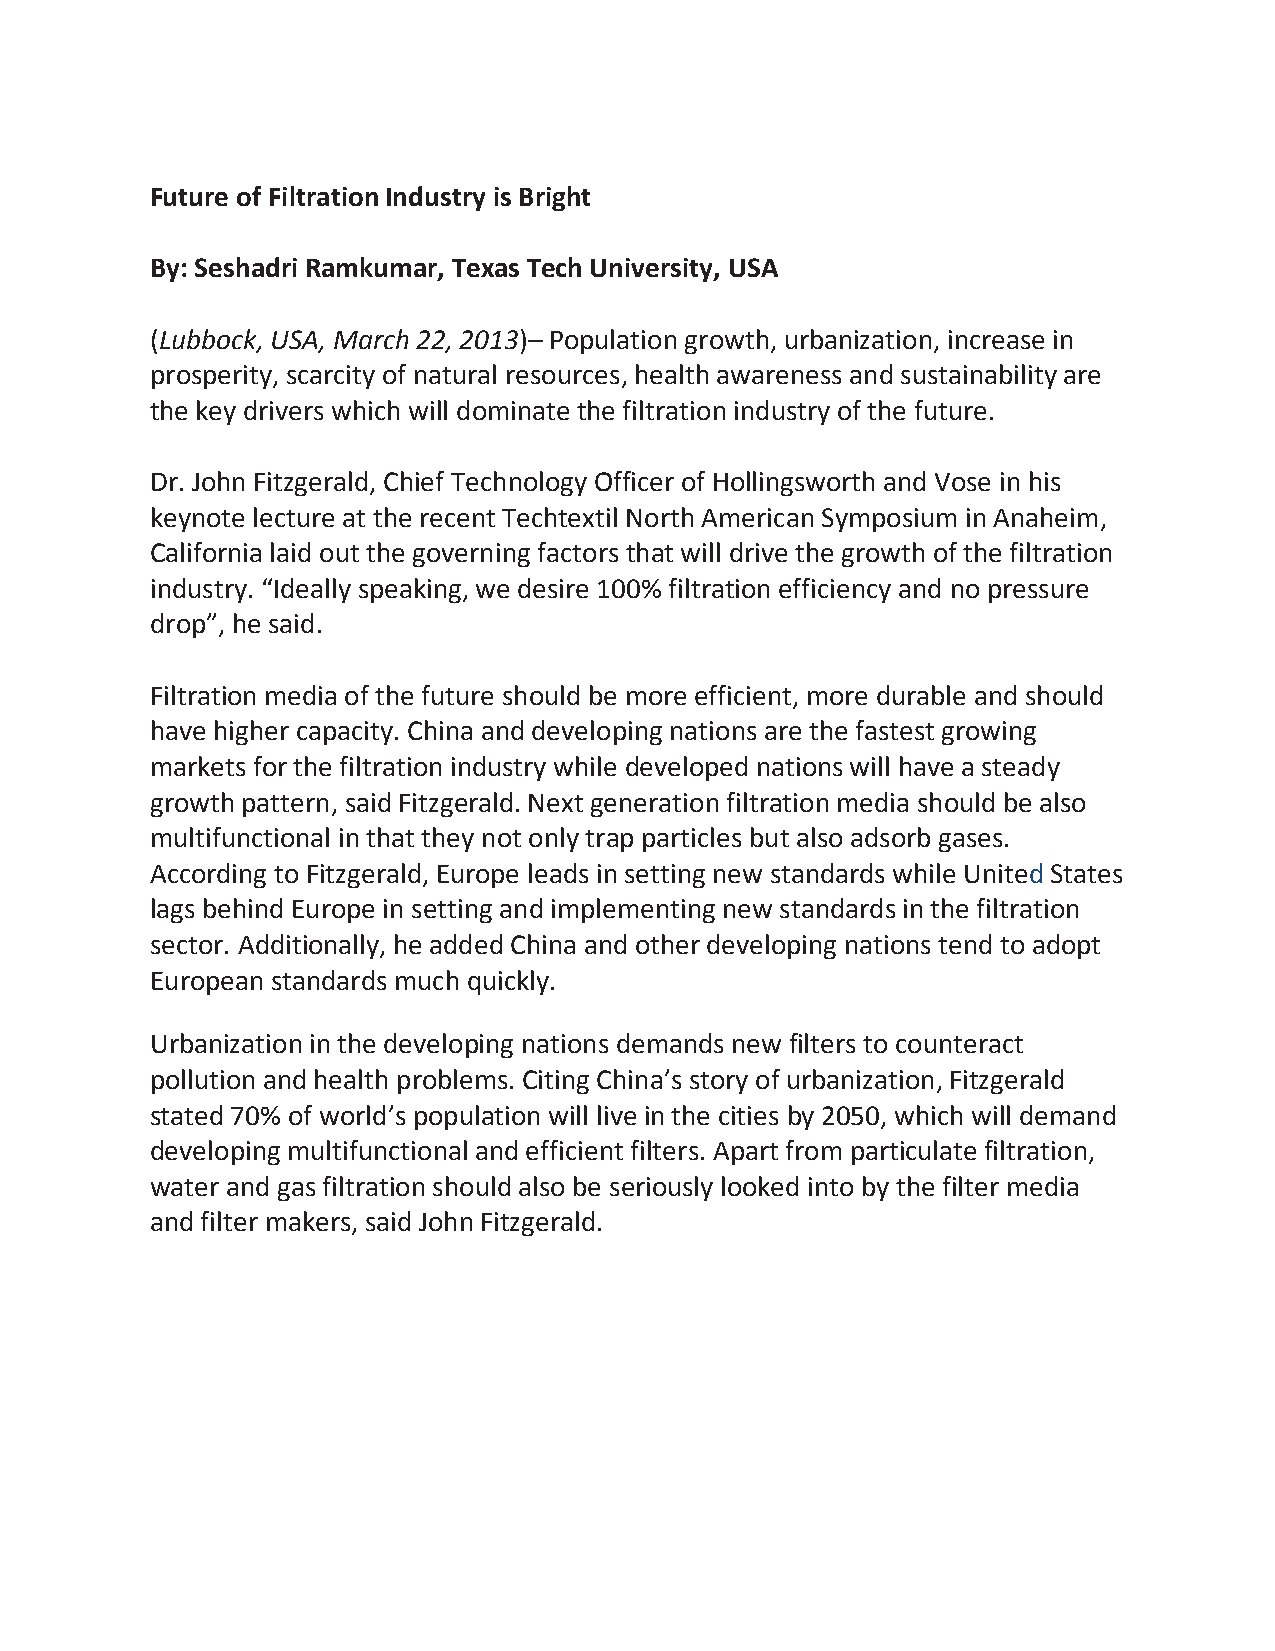
Future of Filtration Industry is Bright
 By: Seshadri Ramkumar, Texas Tech University, USA
 (Lubbock, USA, March 22, 2013)– Population growth, urbanization, increase in
 prosperity, scarcity of natural resources, health awareness and sustainability are
 the key drivers which will dominate the filtration industry of the future.
 Dr. John Fitzgerald, Chief Technology Officer of Hollingsworth and Vose in his
 keynote lecture at the recent Techtextil North American Symposium in Anaheim,
 California laid out the governing factors that will drive the growth of the filtration
 industry. “Ideally speaking, we desire 100% filtration efficiency and no pressure
 drop”, he said.
 Filtration media of the future should be more efficient, more durable and should
 have higher capacity. China and developing nations are the fastest growing
 markets for the filtration industry while developed nations will have a steady
 growth pattern, said Fitzgerald. Next generation filtration media should be also
 multifunctional in that they not only trap particles but also adsorb gases.
 According to Fitzgerald, Europe leads in setting new standards while United States
 lags behind Europe in setting and implementing new standards in the filtration
 sector. Additionally, he added China and other developing nations tend to adopt
 European standards much quickly.
 Urbanization in the developing nations demands new filters to counteract
 pollution and health problems. Citing China’s story of urbanization, Fitzgerald
 stated 70% of world’s population will live in the cities by 2050, which will demand
 developing multifunctional and efficient filters. Apart from particulate filtration,
 water and gas filtration should also be seriously looked into by the filter media
 and filter makers, said John Fitzgerald.